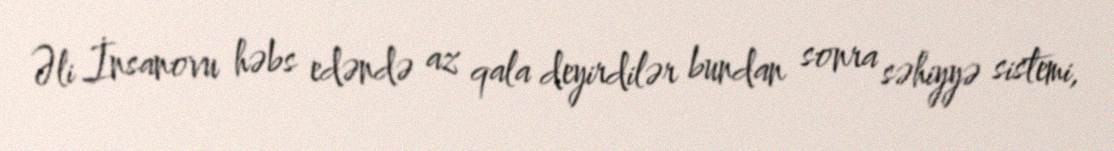
Əli İnsanovu həbs edəndə az qala deyirdilər bundan sonra səhiyyə sistemi,